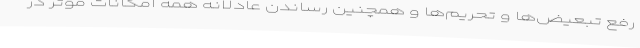
رفع تبعیض‌ها و تحریم‌ها و همچنین رساندن عادلانه همه امکانات موثر در